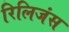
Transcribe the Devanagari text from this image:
रिलिजंस